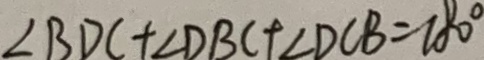
\angle B D C + \angle D B C + \angle D C B = 1 8 0 ^ { \circ }